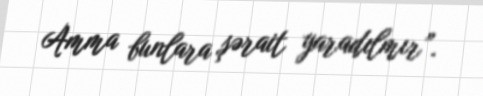
Amma bunlara şərait yaradılmır”.